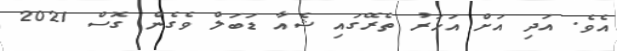
އެވެ. އަދި އަށް އަހަރު ތެރޭގައި ޝެއާ ޑަބަލް ވެގެން ގޮސް 2021